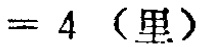
$= 4\ (\text{里})$